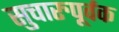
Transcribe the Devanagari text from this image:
सुचारुपूर्वक